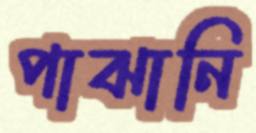
পাঝানি